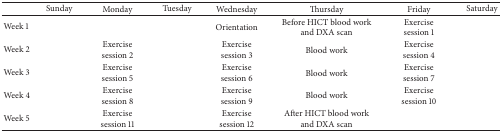
<table><thead><tr><td><b> </b></td><td><b>Sunday</b></td><td><b>Monday</b></td><td><b>Tuesday</b></td><td><b>Wednesday</b></td><td><b>Thursday</b></td><td><b>Friday</b></td><td><b>Saturday</b></td></tr></thead><tbody><tr><td>Week 1</td><td> </td><td> </td><td> </td><td>Orientation</td><td>Before HICT blood work and DXA scan</td><td>Exercise session 1</td><td> </td></tr><tr><td>Week 2</td><td> </td><td>Exercise session 2</td><td> </td><td>Exercise session 3</td><td>Blood work</td><td>Exercise session 4</td><td> </td></tr><tr><td>Week 3</td><td> </td><td>Exercise session 5</td><td> </td><td>Exercise session 6</td><td>Blood work</td><td>Exercise session 7</td><td> </td></tr><tr><td>Week 4</td><td> </td><td>Exercisesession 8</td><td> </td><td>Exercise session 9</td><td>Blood work</td><td>Exercise session 10</td><td> </td></tr><tr><td>Week 5</td><td> </td><td>Exercise session 11</td><td> </td><td>Exercise session 12</td><td>After HICT blood work and DXA scan</td><td> </td><td> </td></tr></tbody></table>